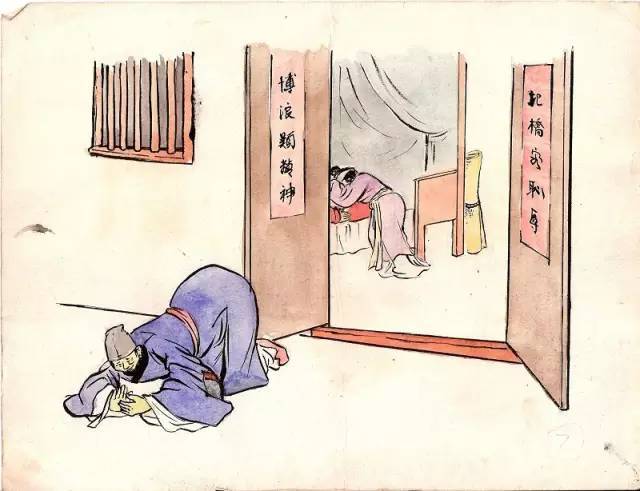
幸遇三杯酒好，况逢一朵花新。